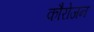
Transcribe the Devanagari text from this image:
कौरोजन